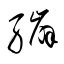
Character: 繃